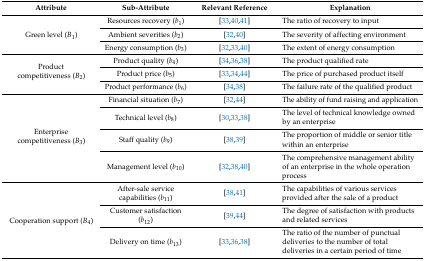
| Attribute | Sub-Attribute | Relevant Reference | Explanation |
 | --- | --- | --- | --- |
 | <ROWSPAN=3> Green level (B1) | Resources recovery (b1) | [33,40,41] | The ratio of recovery to input |
 | Ambient severities (b2) | [32,40] | The severity of affecting environment |
 | Energy consumption (b3) | [32,33,40] | The extent of energy consumption |
 | <ROWSPAN=3> Product competitiveness (B2) | Product quality (b4) | [34,36,38] | The product qualified rate |
 | Product price (b5) | [33,34,44] | The price of purchased product itself |
 | Product performance (b6) | [34,38] | The failure rate of the qualified product |
 | <ROWSPAN=4> Enterprise competitiveness (B3) | Financial situation (b7) | [32,44] | The ability of fund raising and application |
 | Technical level (b8) | [30,33,38] | The level of technical knowledge owned by an enterprise |
 | Staff quality (b9) | [38,39] | The proportion of middle or senior title within an enterprise |
 | Management level (b10) | [32,38,40] | The comprehensive management ability of an enterprise in the whole operation process |
 | <ROWSPAN=3> Cooperation support (B4) | After-sale service capabilities (b11) | [38,41] | The capabilities of various services provided after the sale of a product |
 | Customer satisfaction (b12) | [39,44] | The degree of satisfaction with products and related services |
 | Delivery on time (b13) | [33,36,38] | The ratio of the number of punctual deliveries to the number of total deliveries in a certain period of time |